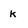
Character: k